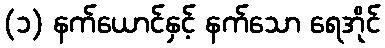
(၁) နက်ယောင်နှင့် နက်သော ရေအိုင်